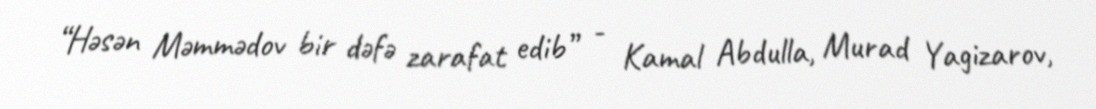
“Həsən Məmmədov bir dəfə zarafat edib” - Kamal Abdulla, Murad Yagizarov,